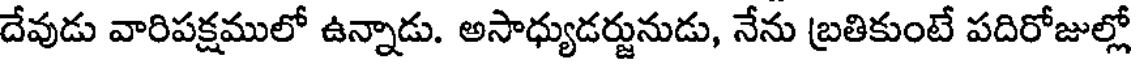
దేవుడు వారిపక్షములో ఉన్నాడు. అసాధ్యుడర్జునుడు, నేను బ్రతికుంటే పదిరోజుల్లో